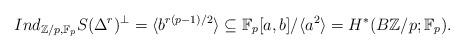
LaTeX: \begin{align*} Ind_{\mathbb{Z}/p,\mathbb{F}_p}S(\Delta^{r})^{\perp}=\langle b^{r(p-1)/2}\rangle\subseteq \mathbb{F}_p[a,b]/\langle a^2\rangle=H^{\ast}(B\mathbb{Z}/p;\mathbb{F}_p).\end{align*}